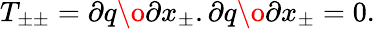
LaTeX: T_{\pm\pm}={\partial q\o{\partial x_{\pm}}}.{\partial q\o{\partial x_{\pm}}}=0.